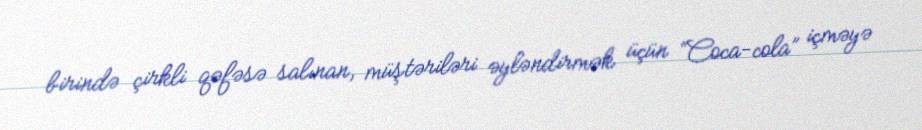
birində çirkli qəfəsə salınan, müştəriləri əyləndirmək üçün “Coca-cola” içməyə